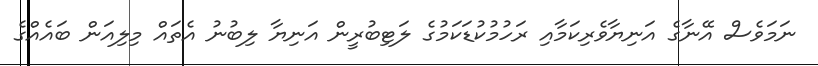
ނަމަވެސް އޭނާގެ އަނިޔާވެރިކަމާއި ރަހުމުކުޑަކަމުގެ ލަޓިބުރީން އަނިޔާ ލިބުނު އެތައް މިލިއަން ބައެއްގެ